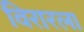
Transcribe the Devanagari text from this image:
विरारला